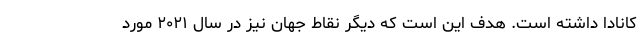
کانادا داشته است. هدف این است که دیگر نقاط جهان نیز در سال ۲۰۲۱ مورد